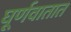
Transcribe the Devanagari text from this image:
घूर्णवातात